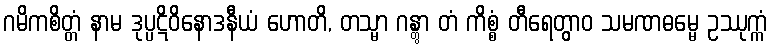
ဂမိကစိတ္တံ နာမ ဒုပ္ပဋိဝိနောဒနီယံ ဟောတိ, တသ္မာ ဂန္တွာ တံ ကိစ္စံ တီရေတွာဝ သမဏဓမ္မေ ဥဿုက္ကံ